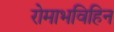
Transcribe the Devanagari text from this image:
रोमाभविहिन